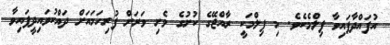
އުފައްދާފައިވާ ފިލްމެކެވެ. މި ފިލްމަކީ ރާއްޖޭގެ ކުށުގެ ވެށި ވަރަށް ފުރިހަމައަށް ދައްކުވައިދީފައިވާ